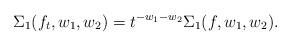
LaTeX: \begin{align*}\Sigma_1(f_t, w_1, w_2) &= t^{-w_1-w_2}\Sigma_1(f, w_1, w_2).\end{align*}